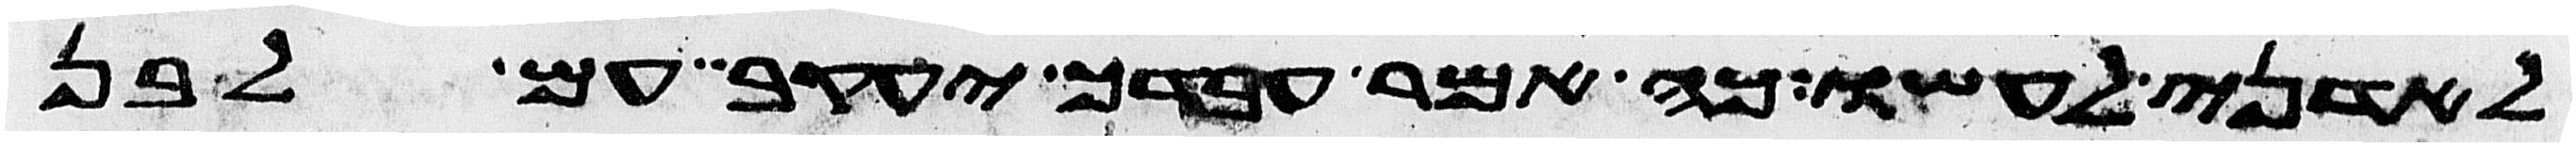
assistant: לאדני לעשו כה אמר עבדך יעקב עם לבן